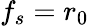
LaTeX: f_{s}=r_{0}